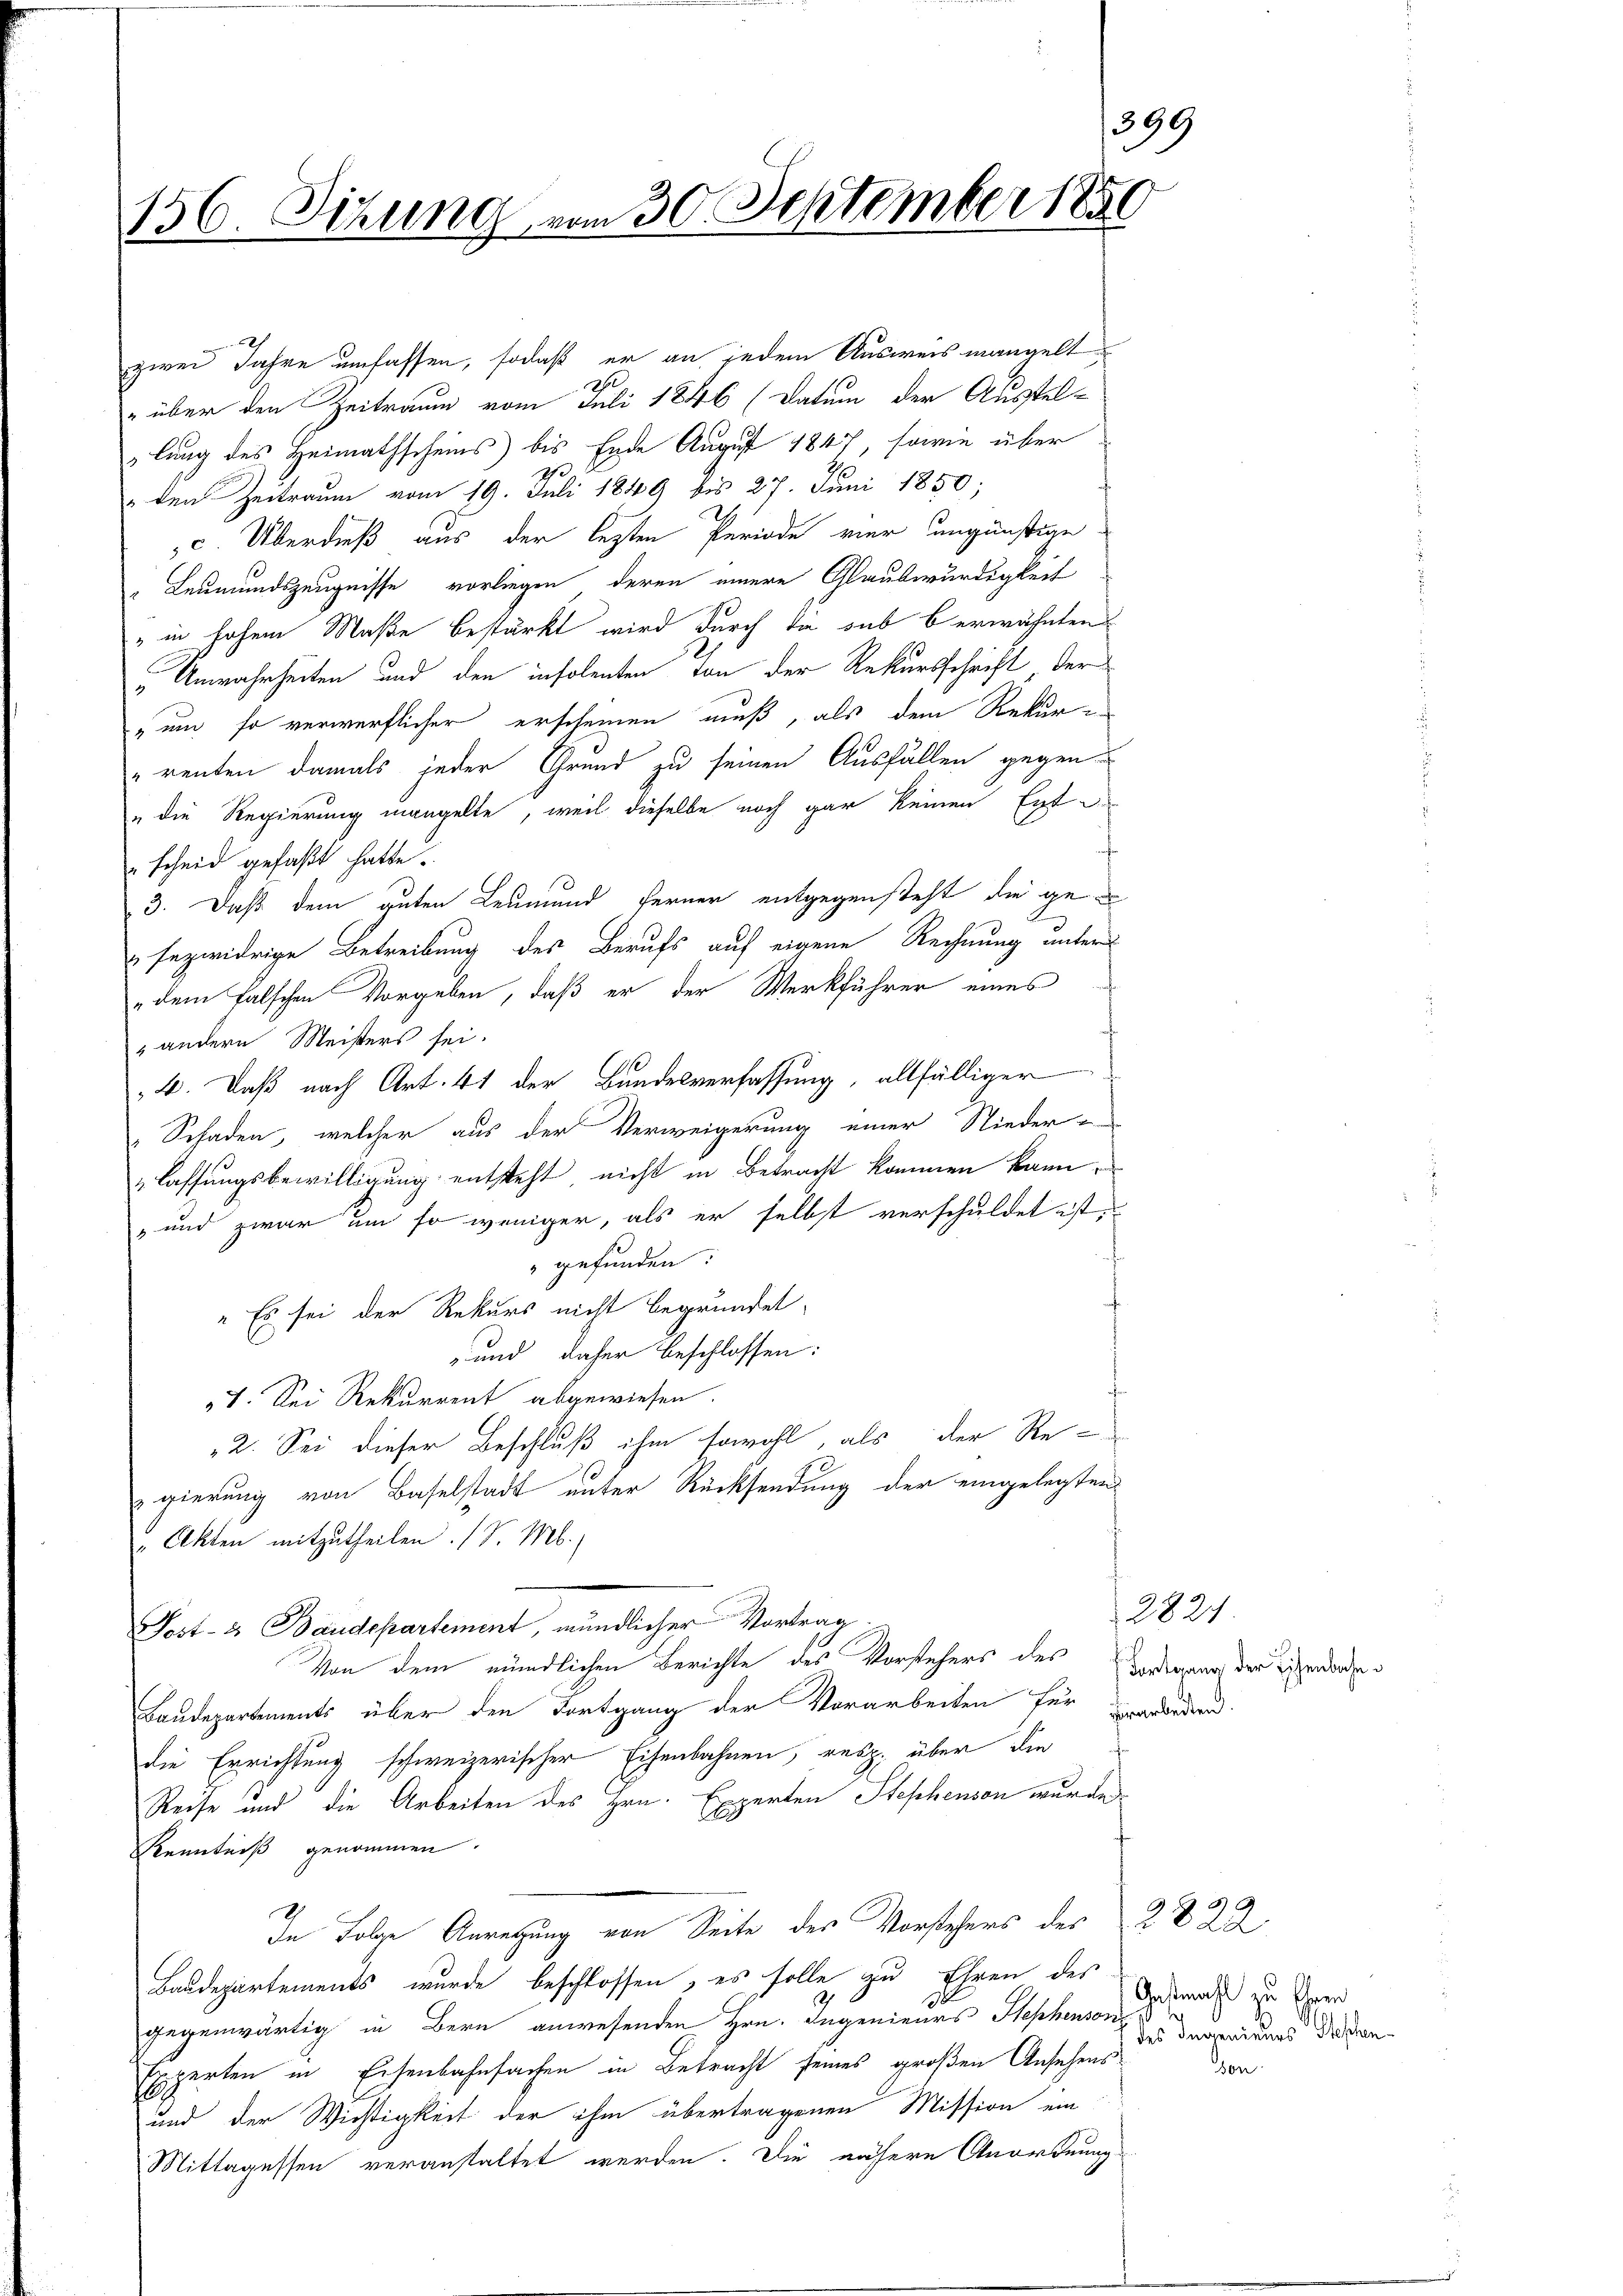
156. Sitzung vom 30. September 1850

zwei Jahre umfassen, sodaß er an jedem Ausweis mangelt,
e
" über den Zeitraum vom Juli 1846 (Datum der Austel-
lung des Heimathscheins bis Ende August 1847, sowie über
" den Zeitraum vom 19. Juli 1849 bis 27. Juni 1850;
c. Überdieß aus der lezten Periode vier ungünstige
Leumundszeugnisse vorliegen, deren innere Glaubwürdigkeit
" in hohem Maße bestärkt wird durch die sub b erwähnten
Unwahrheiten und den insolenten von der Rekursschrift, der
„und so verwerflicher erscheinen muß, als dem Rekur¬
„renten damals jeder Grund zu seinen Ausfällen gegen
" die Regierung mangelte, weil dieselbe noch gar keinen Ext
scheid gefaßt hatte.
3. Daß dem guten Leumund ferner entgegensteht, die ge-
fezwidrige Betreibung des Berufs auf eigene Rechnung unter
„dem falschen Vorgeben, daß er der Werkführer eines
 andern Meisters sei.
4. Daß nach Art. 41 der Bundesverfassung, allfälliger
Schaden, welcher aus der Verweigerung einer Nieder-
lassungsbewilligung entsteht, nicht in Betracht kommen kann,
„und zwar um so weniger, als er selbst verschuldet ist,
gefunden:
"Es sei der Rekurs nicht begründet,
und daher beschlossen:
I. Sei Rekurrent abgewiesen.
2. Sei dieser Beschluß ihm sowohl, als der Re-
gierung von Baselstadt unter Rücksendung der eingelegten
" Akten mitzutheilen. (S. M.
Post- & Baudepartement, mündlicher Vortrag
Von dem mündlichen Berichte des Vorstehers des
Baudepartements über den Fortgang der Vorarbeiten für Ererbeden
die Errichtung schweizerischer Eisenbahnen, resp. über die
Reise und die Arbeiten des Hrn. Experten Stephenson wurde
Kenntniß genommen
In Folge Anregung von Seite des Vorstehers des 2. D
Baudepartements wurde beschlossen, es solle zu Ehren des
e
gegenwärtig in Bern anwesenden Hrn. Ingenieurs Stephenson¬
Irperten in Eisenbahnsachen in Betracht seines großen Ansehens
19
und der Wichtigkeit der ihm übertragenen Mission ein
Mittagessen veranstaltet werden. Die nähere Anordnung

399

282
Fortgang der Eisenbahn

Gestracht zu Eheren
des Ingenieures Steffen
don